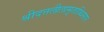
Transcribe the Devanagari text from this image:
श्रीदत्तलीलामृताब्धिसार